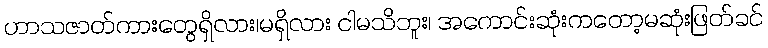
ဟာသဇာတ်ကားတွေရှိလား၊မရှိလား ငါမသိဘူး၊ အကောင်းဆုံးကတော့မဆုံးဖြတ်ခင်